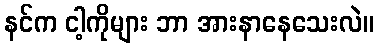
နင်က ငါ့ကိုများ ဘာ အားနာနေသေးလဲ။